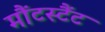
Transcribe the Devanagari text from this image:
मौंटस्टैंट